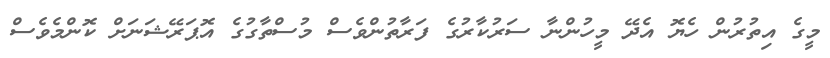
މީގެ އިތުރުން ހެޔޮ އެދޭ މީހުންނާ ސަރުކާރުގެ ފަރާތުންވެސް މުސްތާގުގެ އޮޕަރޭޝަނަށް ކޮންމެވެސް